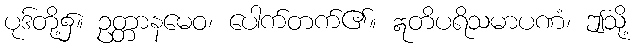
ပုဒ်တို့၌။ ဥတ္တာနမေဝ၊ ပေါက်တက်၏။ ဣတိပရိသမာပဏံ၊ ဤသို့